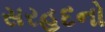
સરહદનો